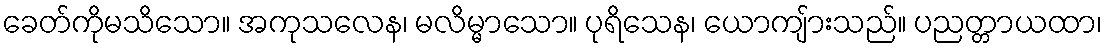
ခေတ်ကိုမသိသော။ အကုသလေန၊ မလိမ္မာသော။ ပုရိသေန၊ ယောကျ်ားသည်။ ပညတ္တာယထာ၊